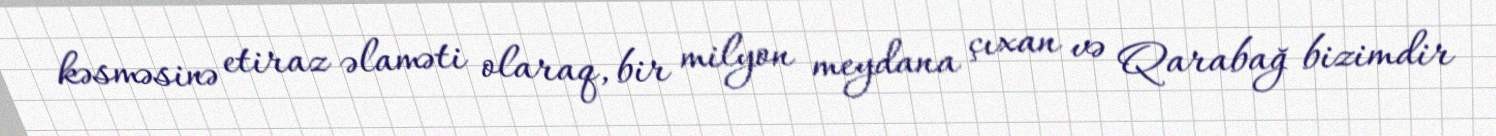
kəsməsinə etiraz əlaməti olaraq, bir milyon meydana çıxan və Qarabağ bizimdir